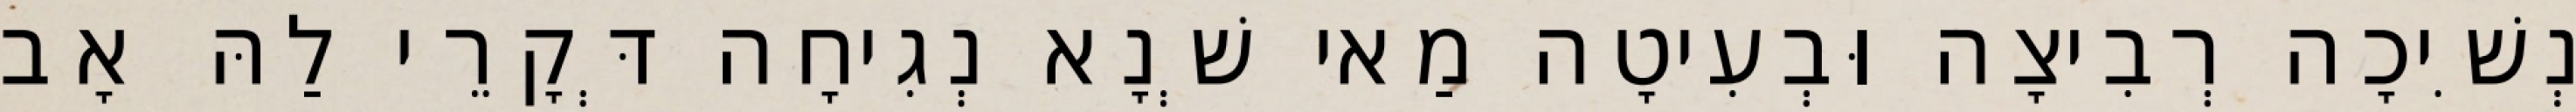
נְשִׁיכָה רְבִיצָה וּבְעִיטָה מַאי שְׁנָא נְגִיחָה דְּקָרֵי לַהּ אָב